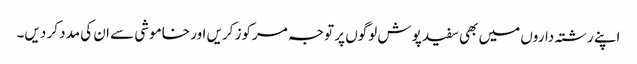
اپنے رشتہ داروں میں بھی سفید پوش لوگوں پر توجہ مرکوز کریں اور خاموشی سے ان کی مدد کر دیں۔